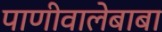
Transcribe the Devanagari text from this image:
पाणीवालेबाबा